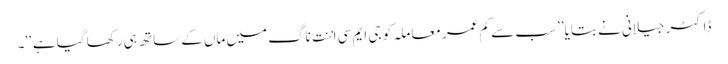
ڈاکٹر جیلانی نے بتایا’’ سب سے کم عمر معاملہ کو جی ایم سی اننت ناگ میں ماں کے ساتھ ہی رکھا گیا ہے‘‘۔